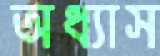
অধ্যাস